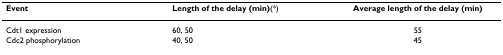
| Event | Length of the delay (min)(*) | Average length of the delay (min) |
 | --- | --- | --- |
 | Cdt1 expression | 60, 50 | 55 |
 | Cdc2 phosphorylation | 40, 50 | 45 |